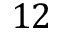
1 2